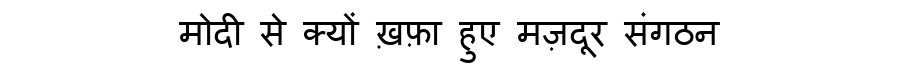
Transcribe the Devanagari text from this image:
मोदी से क्यों ख़फ़ा हुए मज़दूर संगठन